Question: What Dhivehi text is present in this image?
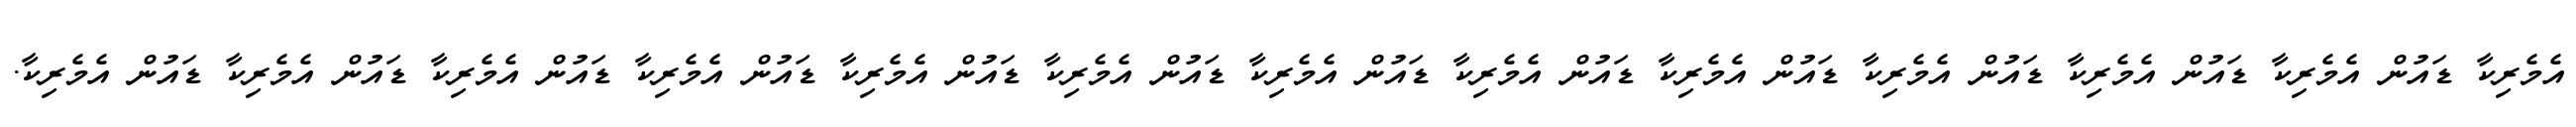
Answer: އެމެރިކާ ޑައުން އެމެރިކާ ޑައުން އެމެރިކާ ޑައުން އެމެރިކާ ޑައުން އެމެރިކާ ޑައުން އެމެރިކާ ޑައުން އެމެރިކާ ޑައުން އެމެރިކާ ޑައުން އެމެރިކާ ޑައުން އެމެރިކާ ޑައުން އެމެރިކާ ޑައުން އެމެރިކާ ޑައުން އެމެރިކާ.